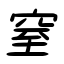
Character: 窒